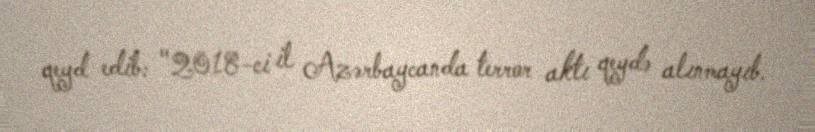
qeyd edib: "2018-ci il Azərbaycanda terror aktı qeydə alınmayıb.